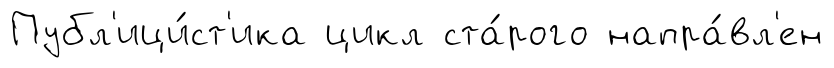
Публ'ици́ст'ика цикл ста́рого напра́вл'ен